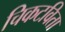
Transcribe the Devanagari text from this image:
चिकटविता